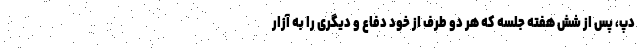
دپ، پس از شش هفته جلسه که هر دو طرف از خود دفاع و دیگری را به آزار